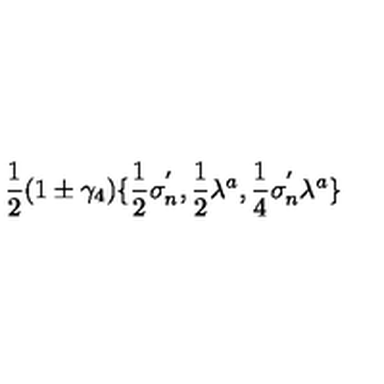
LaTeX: \frac { 1 } { 2 } ( 1 \pm \gamma _ { 4 } ) \{ \frac { 1 } { 2 } \sigma _ { n } ^ { ' } , \frac { 1 } { 2 } \lambda ^ { a } , \frac { 1 } { 4 } \sigma _ { n } ^ { ' } \lambda ^ { a } \}